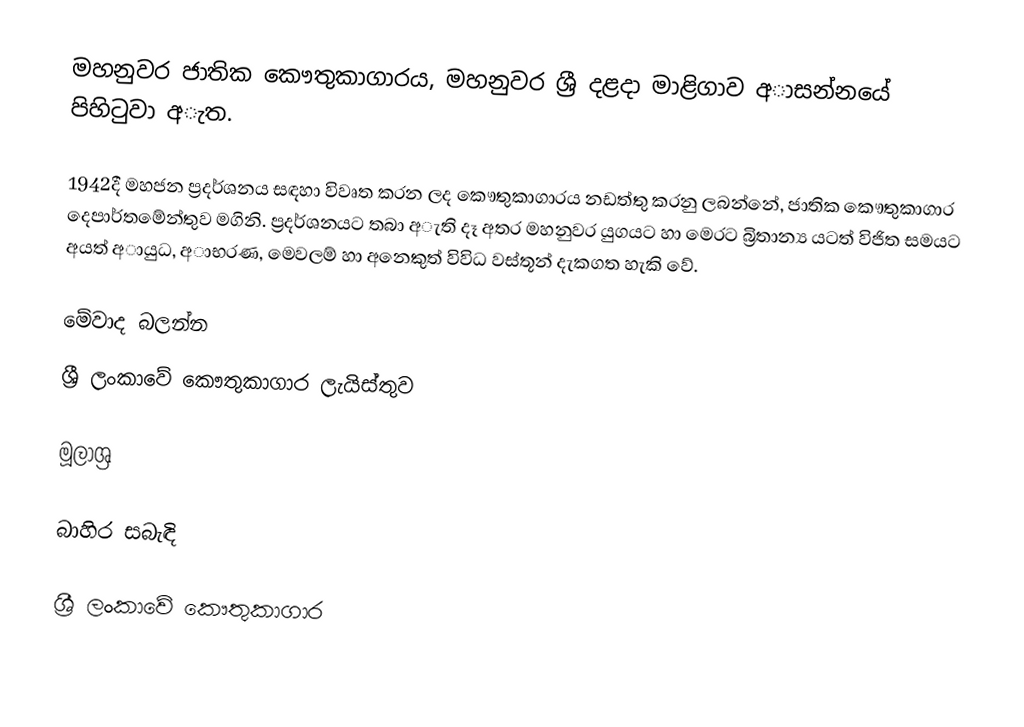
මහනුවර ජාතික කෞතුකාගාරය, මහනුවර ශ්‍රී දළදා මාළිගාව අාසන්නයේ පිහිටුවා අැත.

1942දී  මහජන ප්‍රදර්ශනය සඳහා විවෘත කරන ලද කෞතුකාගාරය නඩත්තු කරනු ලබන්නේ, ජාතික කෞතුකාගාර දෙපාර්තමේන්තුව මගිනි. ප්‍රදර්ශනයට තබා අැති දෑ අතර මහනුවර යුගයට හා මෙරට බ්‍රිතාන්‍ය යටත් විජිත සමයට අයත් අායුධ, අාභරණ, මෙවලම් හා අනෙකුත් විවිධ වස්තූන් දැකගත හැකි වේ.

මේවාද බලන්න
ශ්‍රී ලංකාවේ කෞතුකාගාර ලැයිස්තුව

මූලාශ්‍ර

බාහිර සබැඳි

ශ්‍රී ලංකාවේ කෞතුකාගාර